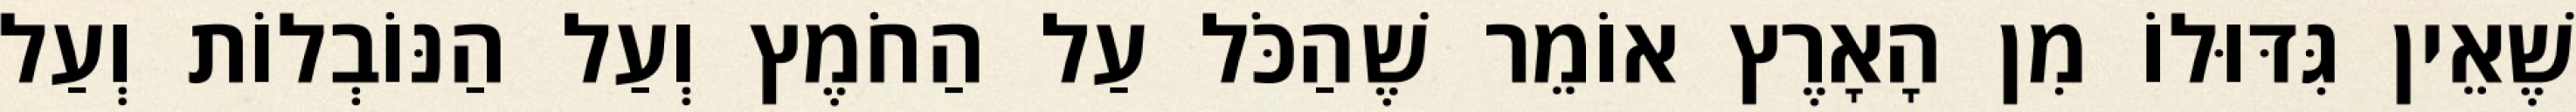
שֶׁאֵין גִּדּוּלוֹ מִן הָאָרֶץ אוֹמֵר שֶׁהַכֹּל עַל הַחֹמֶץ וְעַל הַנּוֹבְלוֹת וְעַל